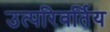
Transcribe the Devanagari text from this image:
उत्परिवर्तिय